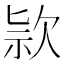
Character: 𣢾